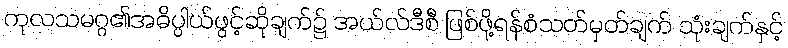
ကုလသမဂ္ဂ၏အဓိပ္ပါယ်ဖွင့်ဆိုချက်၌ အယ်လ်ဒီစီ ဖြစ်ဖို့ရန်စံသတ်မှတ်ချက် သုံးချက်နှင့်